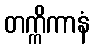
တက္ကိကာနံ